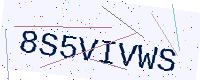
Text: 8S5VIVWS